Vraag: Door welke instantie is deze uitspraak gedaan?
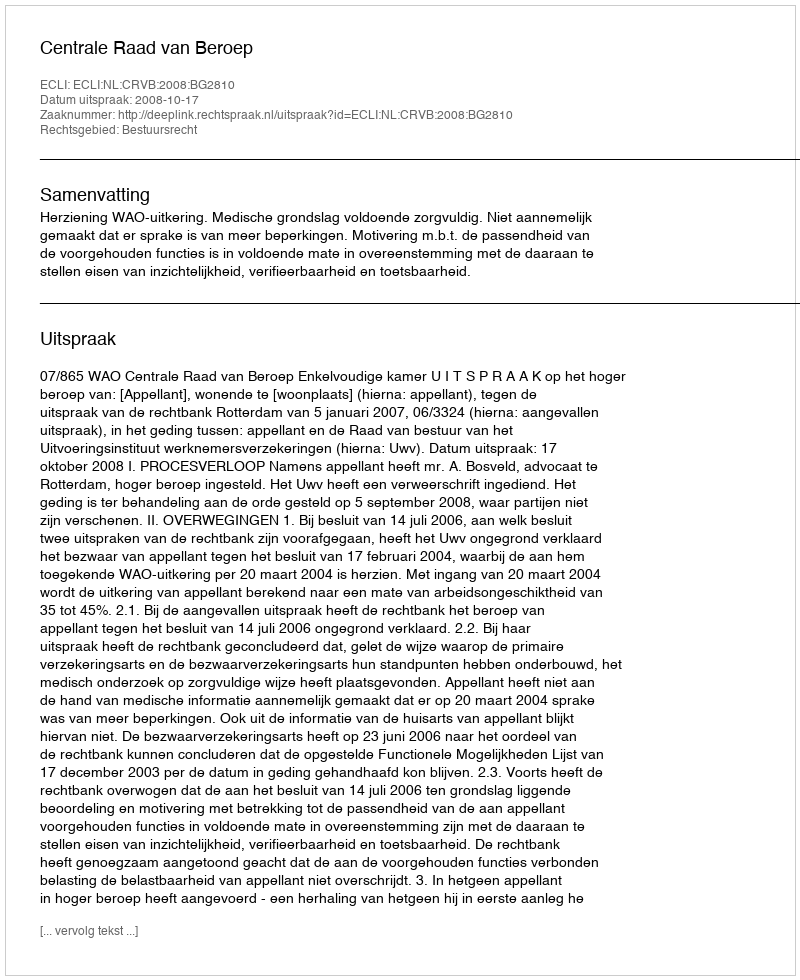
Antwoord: Centrale Raad van Beroep